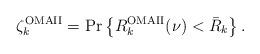
LaTeX: \begin{align*}\zeta_k^{\rm OMAII}=\Pr\left\{R_k^{\rm OMAII}(\nu)<\bar R_k\right\}. \end{align*}